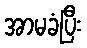
အာမခံပြီး